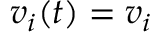
v _ { i } ( t ) = v _ { i }